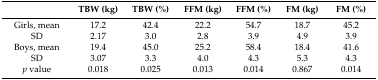
|  | TBW (kg) | TBW (%) | FFM (kg) | FFM (%) | FM (kg) | FM (%) |
 | --- | --- | --- | --- | --- | --- | --- |
 | Girls, mean | 17.2 | 42.4 | 22.2 | 54.7 | 18.7 | 45.2 |
 | SD | 2.17 | 3.0 | 2.8 | 3.9 | 4.9 | 3.9 |
 | Boys, mean | 19.4 | 45.0 | 25.2 | 58.4 | 18.4 | 41.6 |
 | SD | 3.07 | 3.3 | 4.0 | 4.3 | 5.3 | 4.3 |
 | p value | 0.018 | 0.025 | 0.013 | 0.014 | 0.867 | 0.014 |